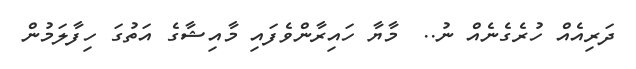
ދަރިއެއް ހުރެގެނެއް ނު..  މާޔާ ހައިރާންވެފައި މާއިޝާގެ އަތުގަ ހިފާލަމުން